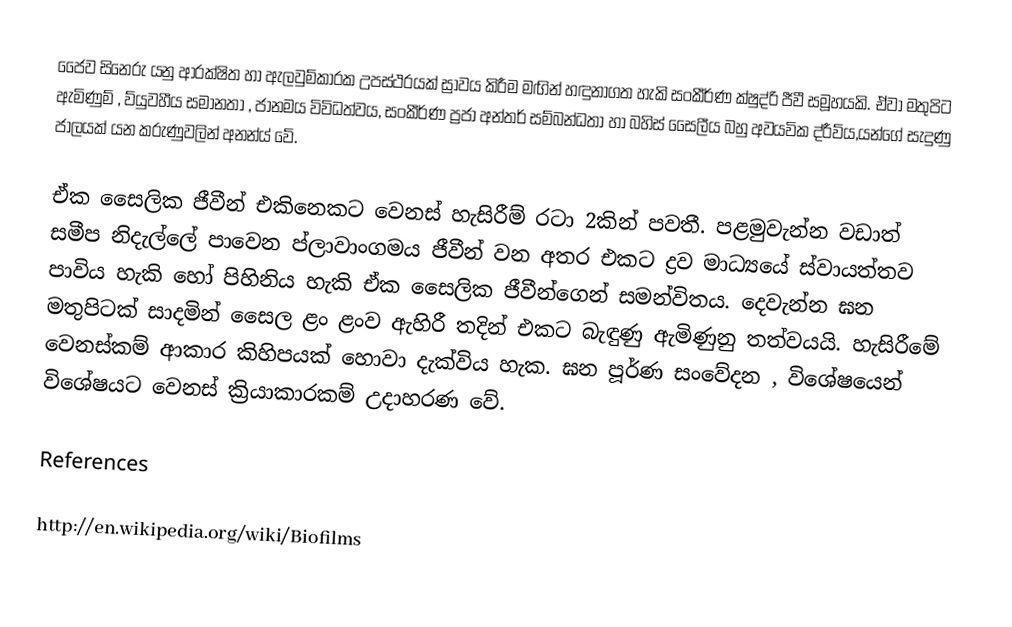
ජෛව සිනෙරු යනු ආරක්ෂිත හා ඇලවුම්කාරක උපස්ථරයක් ස්‍රාවය කිරීම මඟින් හඳුනාගත හැකි සංකීර්ණ ක්ෂුද්රි ජීවී සමූහයකි. ඒවා මතුපිට ඇමිණුම් , ව්යුවහීය සමානතා , ජානමය විවිධත්වය, සංකීර්ණ ප්‍රජා අන්තර් සම්බන්ධතා හා බහිස් සෛලීය බහු අවයවික ද්රීව්ය,යන්ගේ සැදුණු ජාලයක් යන කරුණුවලින් අනන්ය් වේ.

ඒක සෛලික ජීවීන් එකිනෙකට වෙනස් හැසිරීම් රටා 2කින් පවතී. පළමුවැන්න වඩාත් සමීප නිදැල්ලේ පාවෙන ප්ලාවාංගමය ජීවීන් වන අතර එකට ද්‍රව මාධ්‍යයේ ස්වායත්තව පාවිය හැකි හෝ පිහිනිය හැකි ඒක සෛලික ජීවීන්ගෙන් සමන්විතය. දෙවැන්න ඝන මතුපිටක් සාදමින් සෛල ළං ළංව ඇහිරී තදින් එකට බැඳුණු ඇමිණුනු තත්වයයි. හැසිරීමේ වෙනස්කම් ආකාර කිහිපයක් හොවා දැක්විය හැක. ඝන පූර්ණ සංවේදන , විශේෂයෙන් විශේෂයට වෙනස් ක්‍රියාකාරකම් උදාහරණ වේ.

References

http://en.wikipedia.org/wiki/Biofilms